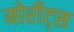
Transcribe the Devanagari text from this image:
मोरीट्स